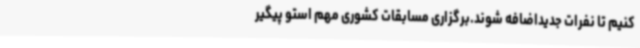
کنیم تا نفرات جدیداضافه شوند.برگزاری مسابقات کشوری مهم استو پیگیر